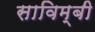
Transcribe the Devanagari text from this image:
साविम्बी